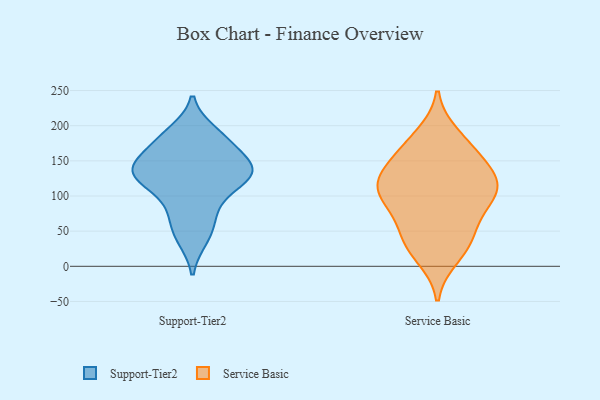
{"axis": {"x": "Operating Costs (USD K)", "y": "Value"}, "legend": ["Service Basic", "Support-Tier2"], "data": [{"x": "", "y": 63, "type": "Support-Tier2"}, {"x": "", "y": 116, "type": "Support-Tier2"}, {"x": "", "y": 39, "type": "Support-Tier2"}, {"x": "", "y": 179, "type": "Support-Tier2"}, {"x": "", "y": 138, "type": "Support-Tier2"}, {"x": "", "y": 136, "type": "Support-Tier2"}, {"x": "", "y": 88, "type": "Support-Tier2"}, {"x": "", "y": 170, "type": "Support-Tier2"}, {"x": "", "y": 191, "type": "Support-Tier2"}, {"x": "", "y": 125, "type": "Support-Tier2"}, {"x": "", "y": 140, "type": "Support-Tier2"}, {"x": "", "y": 139, "type": "Support-Tier2"}, {"x": "", "y": 143, "type": "Service Basic"}, {"x": "", "y": 129, "type": "Service Basic"}, {"x": "", "y": 167, "type": "Service Basic"}, {"x": "", "y": 36, "type": "Service Basic"}, {"x": "", "y": 76, "type": "Service Basic"}, {"x": "", "y": 120, "type": "Service Basic"}, {"x": "", "y": 14, "type": "Service Basic"}, {"x": "", "y": 167, "type": "Service Basic"}, {"x": "", "y": 47, "type": "Service Basic"}, {"x": "", "y": 32, "type": "Service Basic"}, {"x": "", "y": 118, "type": "Service Basic"}, {"x": "", "y": 104, "type": "Service Basic"}, {"x": "", "y": 88, "type": "Service Basic"}, {"x": "", "y": 186, "type": "Service Basic"}, {"x": "", "y": 116, "type": "Service Basic"}, {"x": "", "y": 100, "type": "Service Basic"}]}